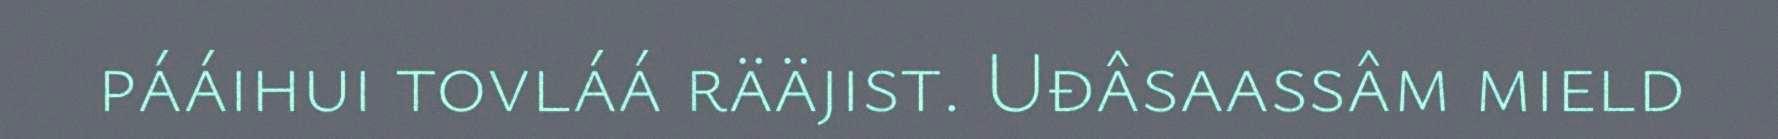
pááihui tovláá rääjist. Uđâsaassâm mield